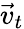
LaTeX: \vec{v}_{t}